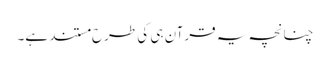
چنانچہ یہ قرآن ہی کی طرح مستند ہے۔